Code of medical and sanitary regulations for the guidance of medical officers serving in the Madras Presidency - Volume I
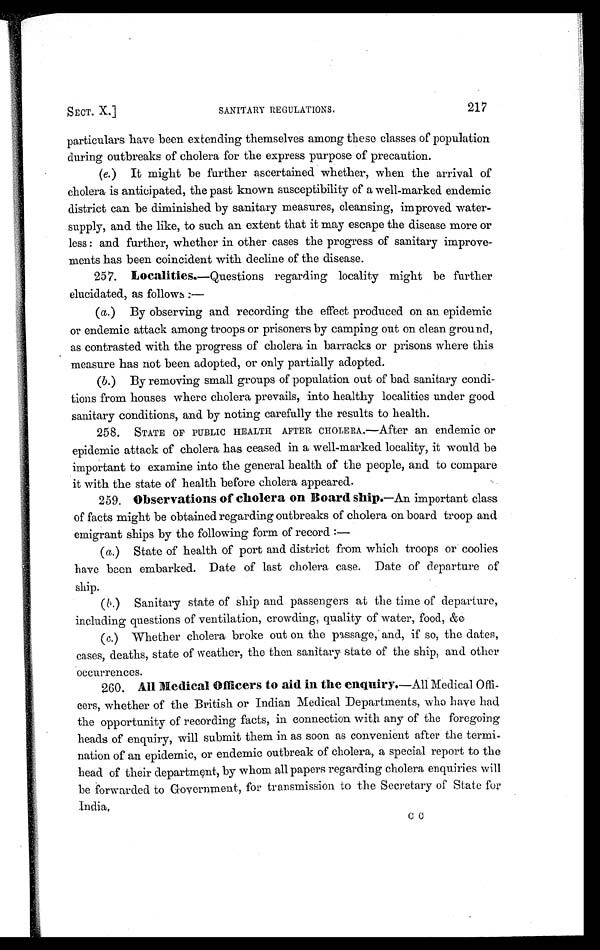
SECT. X.]
SANITARY REGULATIONS.
217
particulars have been extending themselves among these classes of population
during outbreaks of cholera for the express purpose of precaution.
( e. ) It might be further ascertained whether, when the arrival of
cholera is anticipated, the past known susceptibility of a well-marked endemic
district can be diminished by sanitary measures, cleansing, improved water-
supply, and the like, to such an extent that it may escape the disease more or
less : and further, whether in other cases the progress of sanitary improve-
ments has been coincident with decline of the disease.
257. Localities. —Questions regarding locality might be further
elucidated, as follows
: —
(a.) By observing and recording the effect produced on an epidemic
or endemic attack among troops or prisoners by camping out on clean ground,
as contrasted with the progress of cholera in barracks or prisons where this
measure has not been adopted, or only partially adopted.
(b.) By removing small groups of population out of bad sanitary condi-
tions from houses where cholera prevails, into healthy localities under good
sanitary conditions, and by noting carefully the results to health.
258. STATE OF PUBLIC HEALTH AFTER CHOLERA.— After an endemic or
epidemic attack of cholera has ceased in a well-marked locality, it would be
important to examine into the general health of the people, and to compare
it with the state of health before cholera appeared.
259. Observations of cholera on Board ships.—A n i m p o r t a n t c l a s s
of facts might be obtained regarding outbreaks of cholera on board troop and
emigrant ships by the following form of record :—
(a.) State of health of port and district from which troops or coolies
have been embarked. Date of last cholera case. Date of departure of
ship.
(b.) Sanitary state of ship and passengers at the time of departure,
including questions of ventilation, crowding, quality of water, food, &c
(c.) Whether cholera broke out on the passage, and, if so, the dates,
cases, deaths, state of weather, the then sanitary state of the ship, and other
occurrences.
260. All Medical Officers to aid in the enquiry. —All Medical Offi-
cers, whether of the British or Indian Medical Departments, who have had
the opportunity of recording facts, in connection with any of the foregoing
heads of enquiry, will submit them in as soon as convenient after the termi
nation of an epidemic, or endemic outbreak of cholera, a special report to the
head of their department, by whom all papers regarding cholera enquiries will
be forwarded to Government, for transmission to the Secretary of State for
India.
C C